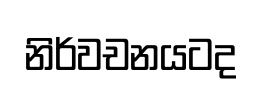
නිර්වචනයටද